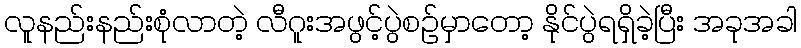
လူနည်းနည်းစုံလာတဲ့ လီဂူးအဖွင့်ပွဲစဉ်မှာတော့ နိုင်ပွဲရရှိခဲ့ပြီး အခုအခါ